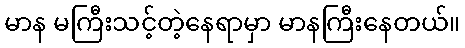
မာန မကြီးသင့်တဲ့နေရာမှာ မာနကြီးနေတယ်။